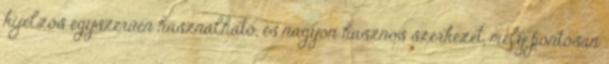
kijelzős egyszerűen használható, és nagyon hasznos szerkezet, mely pontosan